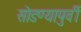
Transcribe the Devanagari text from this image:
सोडण्यापुर्वी